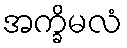
အက္ခိမလံ